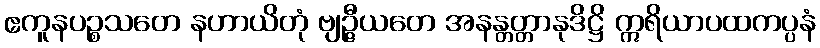
ဧကူနပဉ္စသတေ နဟာယိတုံ ဗျဉ္ဇီယတေ အနန္တတ္တာနုဒိဋ္ဌိ ဣရိယာပထကပ္ပနံ